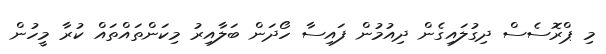
މި ޕްރޮސެސް ދިގުލައިގެން ދިއުމުން ފައިސާ ހޯދަން ބަލާއިރު މިކަންތައްތައް ކުރާ މީހުން